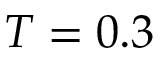
T = 0 . 3